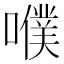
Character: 𡂈